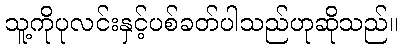
သူ့ကိုပုလင်းနှင့်ပစ်ခတ်ပါသည်ဟုဆိုသည်။